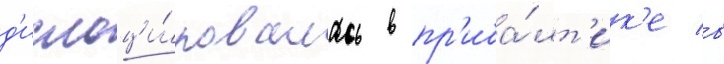
д'ислоци́ровалась в пр'иба́лт'ик'е в